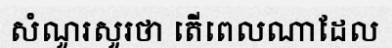
សំណួរសួរថា តើពេលណាដែល